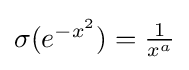
{\textstyle \sigma (e^{-x^{2}})={\tfrac {1}{x^{a}}}}